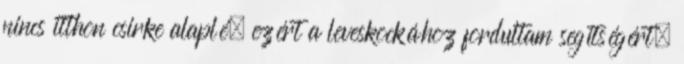
nincs itthon csirke alaplé, ezért a leveskockához fordultam segítségért.